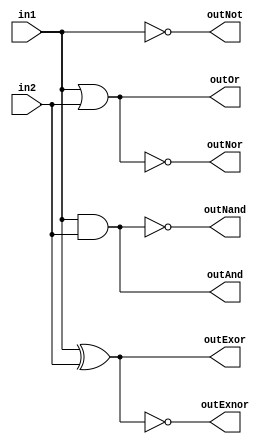
module gates (in1,in2,outAnd,outOr,outNot,outNand,outNor,outExor,outExnor);
   input in1,in2;
   output outAnd,outOr,outNand,outNor,outNot,outExor,outExnor;
   
   assign outAnd = in1 & in2;
   assign outOr = in1 | in2;
   assign outNand = ~(in1 & in2);
   assign outNor = ~(in1 | in2);
   assign outNot = ~in1;
   assign outExor = (in1 ^ in2);
   assign outExnor = ~(in1 ^ in2);
   
endmodule